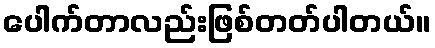
ပေါက်တာလည်းဖြစ်တတ်ပါတယ်။